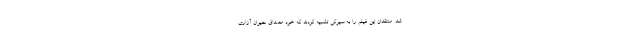
شد. منتقدان این فیلم را به سیرکی تشبیه کردند که خود مصداق حیوان آزاری